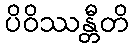
ပိဝိဿန္တီတိ